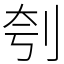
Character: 刳